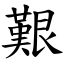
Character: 艱